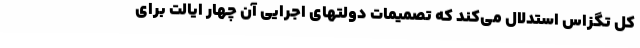
کل تگزاس استدلال می‌کند که تصمیمات دولتهای اجرایی آن چهار ایالت برای